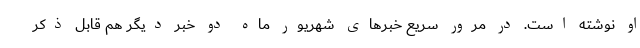
او نوشته است. در مرور سریع خبرهای شهریور ماه دو خبر دیگر هم قابل ذکر